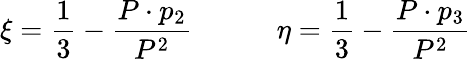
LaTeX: \xi={\frac{1}{3}}-{\frac{P\cdot p_{2}}{P^{2}}}\qquad\quad\eta={\frac{1}{3}}-{\frac{P\cdot p_{3}}{P^{2}}}